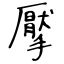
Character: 擪